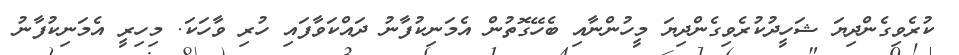
ކުރެވިގެންދިޔަ ޝަހީދުކުރެވިގެންދިޔަ މީހުންނާއި ބެހޭގޮތުން އެމަނިކުފާނު ދައްކަވާފައި ހުރި ވާހަކަ. މިހިރީ އެމަނިކުފާނު